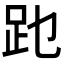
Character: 𲃔